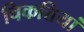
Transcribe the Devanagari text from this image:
चिकत्तियां